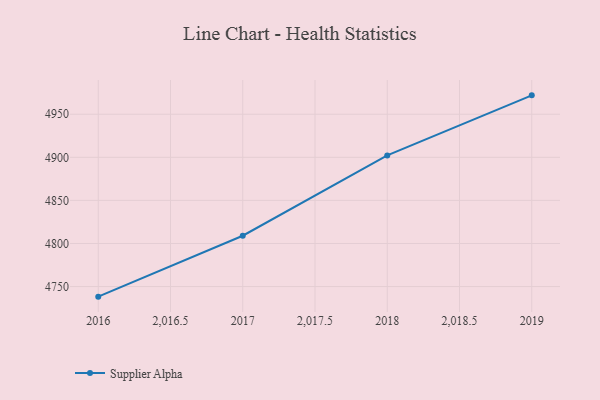
{"axis": {"x": "Year", "y": "Satisfaction Score"}, "legend": ["Supplier Alpha"], "data": [{"x": "2016", "y": 4738.3, "type": "Supplier Alpha"}, {"x": "2017", "y": 4809.0, "type": "Supplier Alpha"}, {"x": "2018", "y": 4902.2, "type": "Supplier Alpha"}, {"x": "2019", "y": 4971.9, "type": "Supplier Alpha"}]}